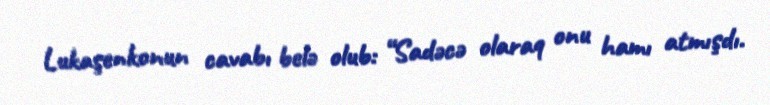
Lukaşenkonun cavabı belə olub: “Sadəcə olaraq onu hamı atmışdı.